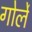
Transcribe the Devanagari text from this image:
गोर्ले